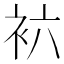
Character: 𰳱